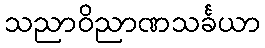
သညာဝိညာဏသင်္ခယာ